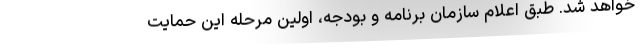
خواهد شد. طبق اعلام سازمان برنامه و بودجه، اولین مرحله این حمایت